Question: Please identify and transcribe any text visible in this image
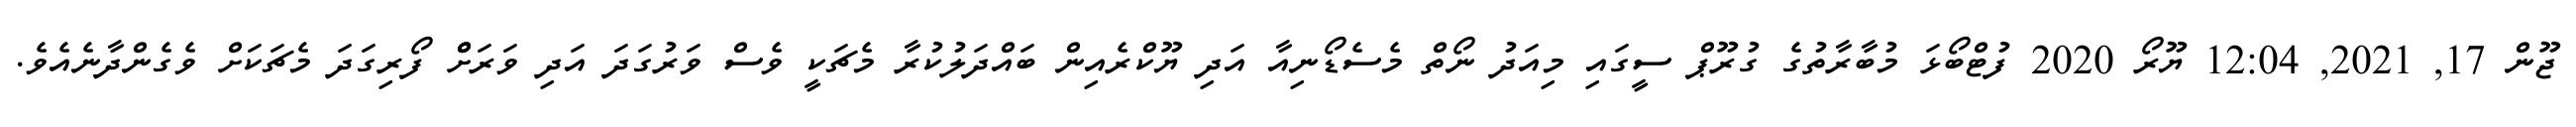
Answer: ޖޫން 17, 2021, 12:04 ޔޫރޯ 2020 ފުޓްބޯޅަ މުބާރާތުގެ ގުރޫޕް ސީގައި މިއަދު ނޯތް މެސެޑޯނިއާ އަދި ޔޫކްރެއިން ބައްދަލުކުރާ މެޗަކީ ވެސް ވަރުގަދަ އަދި ވަރަށްް ފޯރިގަދަ މެޗަކަށް ވެގެންދާނެއެވެ.